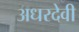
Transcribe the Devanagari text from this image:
अधरदेवी